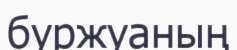
буржуаның